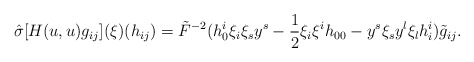
\begin{align*}\hat{\sigma}[H(u,u)g_{ij}](\xi)(h_{ij})=\tilde{F}^{-2}(h^i_0\xi_i\xi_sy^s-\frac{1}{2}\xi_i\xi^ih_{00}-y^s\xi_sy^l\xi_lh_i^i)\tilde{g}_{ij}.\end{align*}